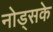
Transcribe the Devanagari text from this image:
नोड्सके